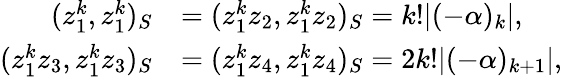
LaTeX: \begin{array}{rl}{(z_{1}^{k},z_{1}^{k})_{S}}&{=(z_{1}^{k}z_{2},z_{1}^{k}z_{2})_{S}=k!|(-\alpha)_{k}|,}\\ {(z_{1}^{k}z_{3},z_{1}^{k}z_{3})_{S}}&{=(z_{1}^{k}z_{4},z_{1}^{k}z_{4})_{S}=2k!|(-\alpha)_{k+1}|,}\end{array}